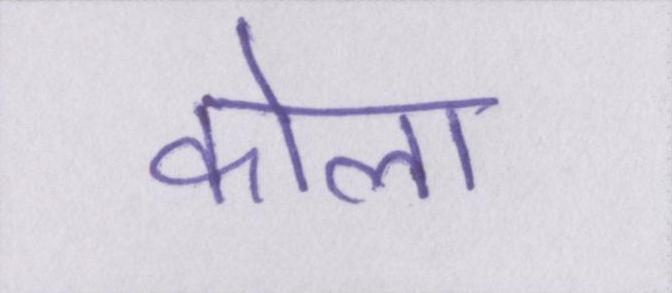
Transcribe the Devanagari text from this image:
कोला